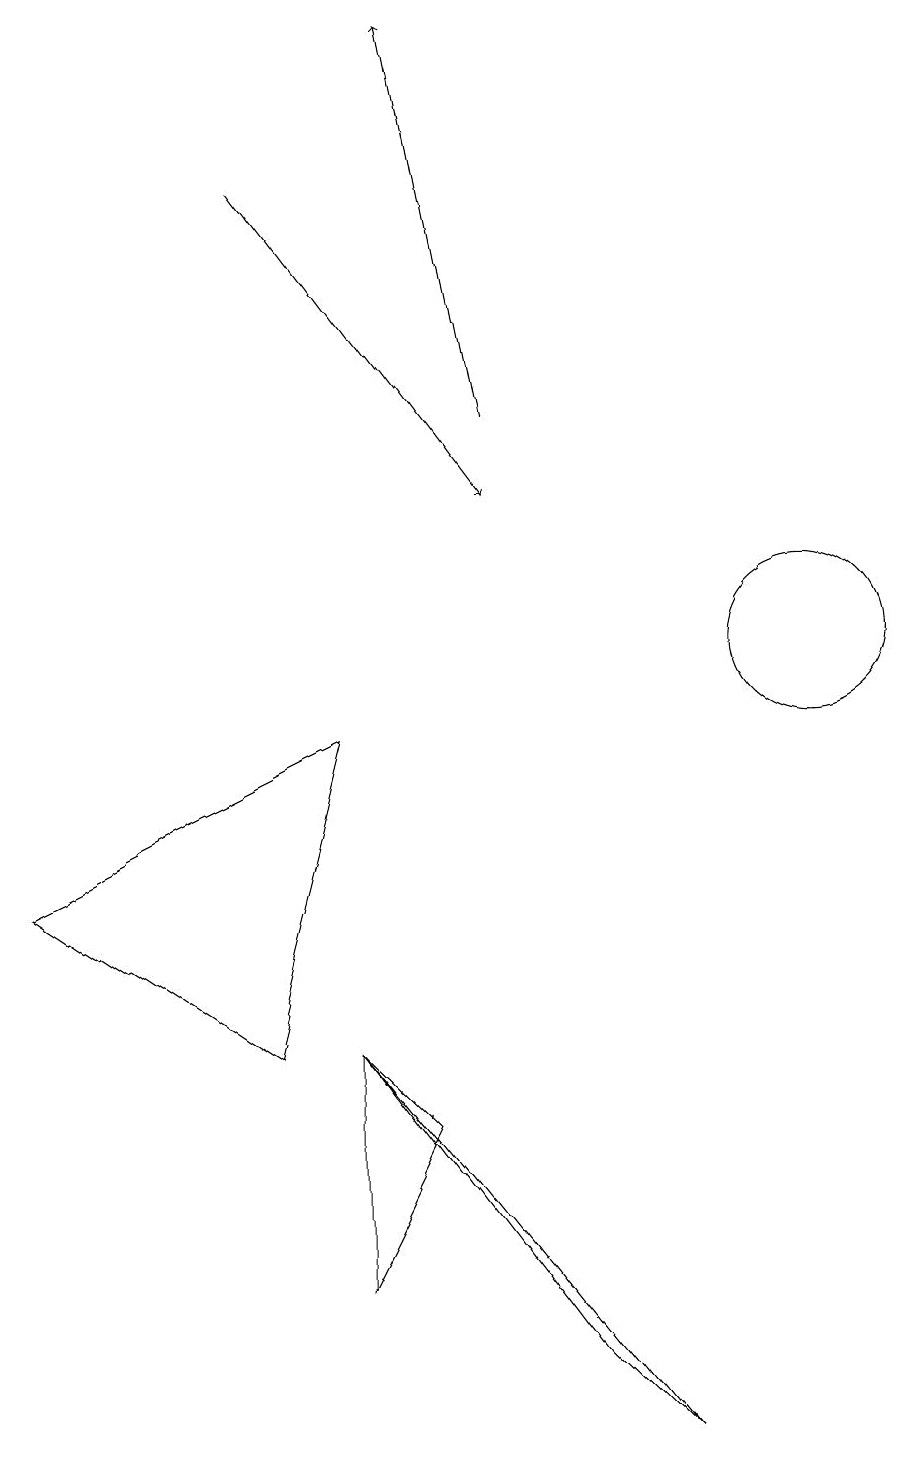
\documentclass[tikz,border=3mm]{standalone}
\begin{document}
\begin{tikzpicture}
\draw[->] (7,13) -- (6,18);
\draw (8,1) -- (5,5) -- (9,0) -- cycle;
\draw (6,4) -- (5,5) -- (5,2) -- cycle;
\draw (11,10) circle (1);
\draw (1,7) -- (5,9) -- (4,5) -- cycle;
\draw[->] (4,16) -- (7,12);
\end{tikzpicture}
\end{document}